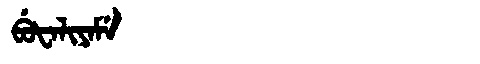
Manchu: ᠪᡠᡶᠠᠯᡳᠶᠠᠮᡝ
Romanization: BUFALIYAME